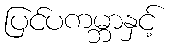
ပြင်ပကမ္ဘာနှင့်